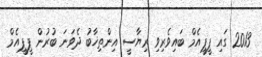
2013 ގައި ޕީޕީއެމް ބައިވެރިވި ރިޔާސީ އިންތިޚާބު ދެވަނަ ބުރުން ޕީޕީއެމް